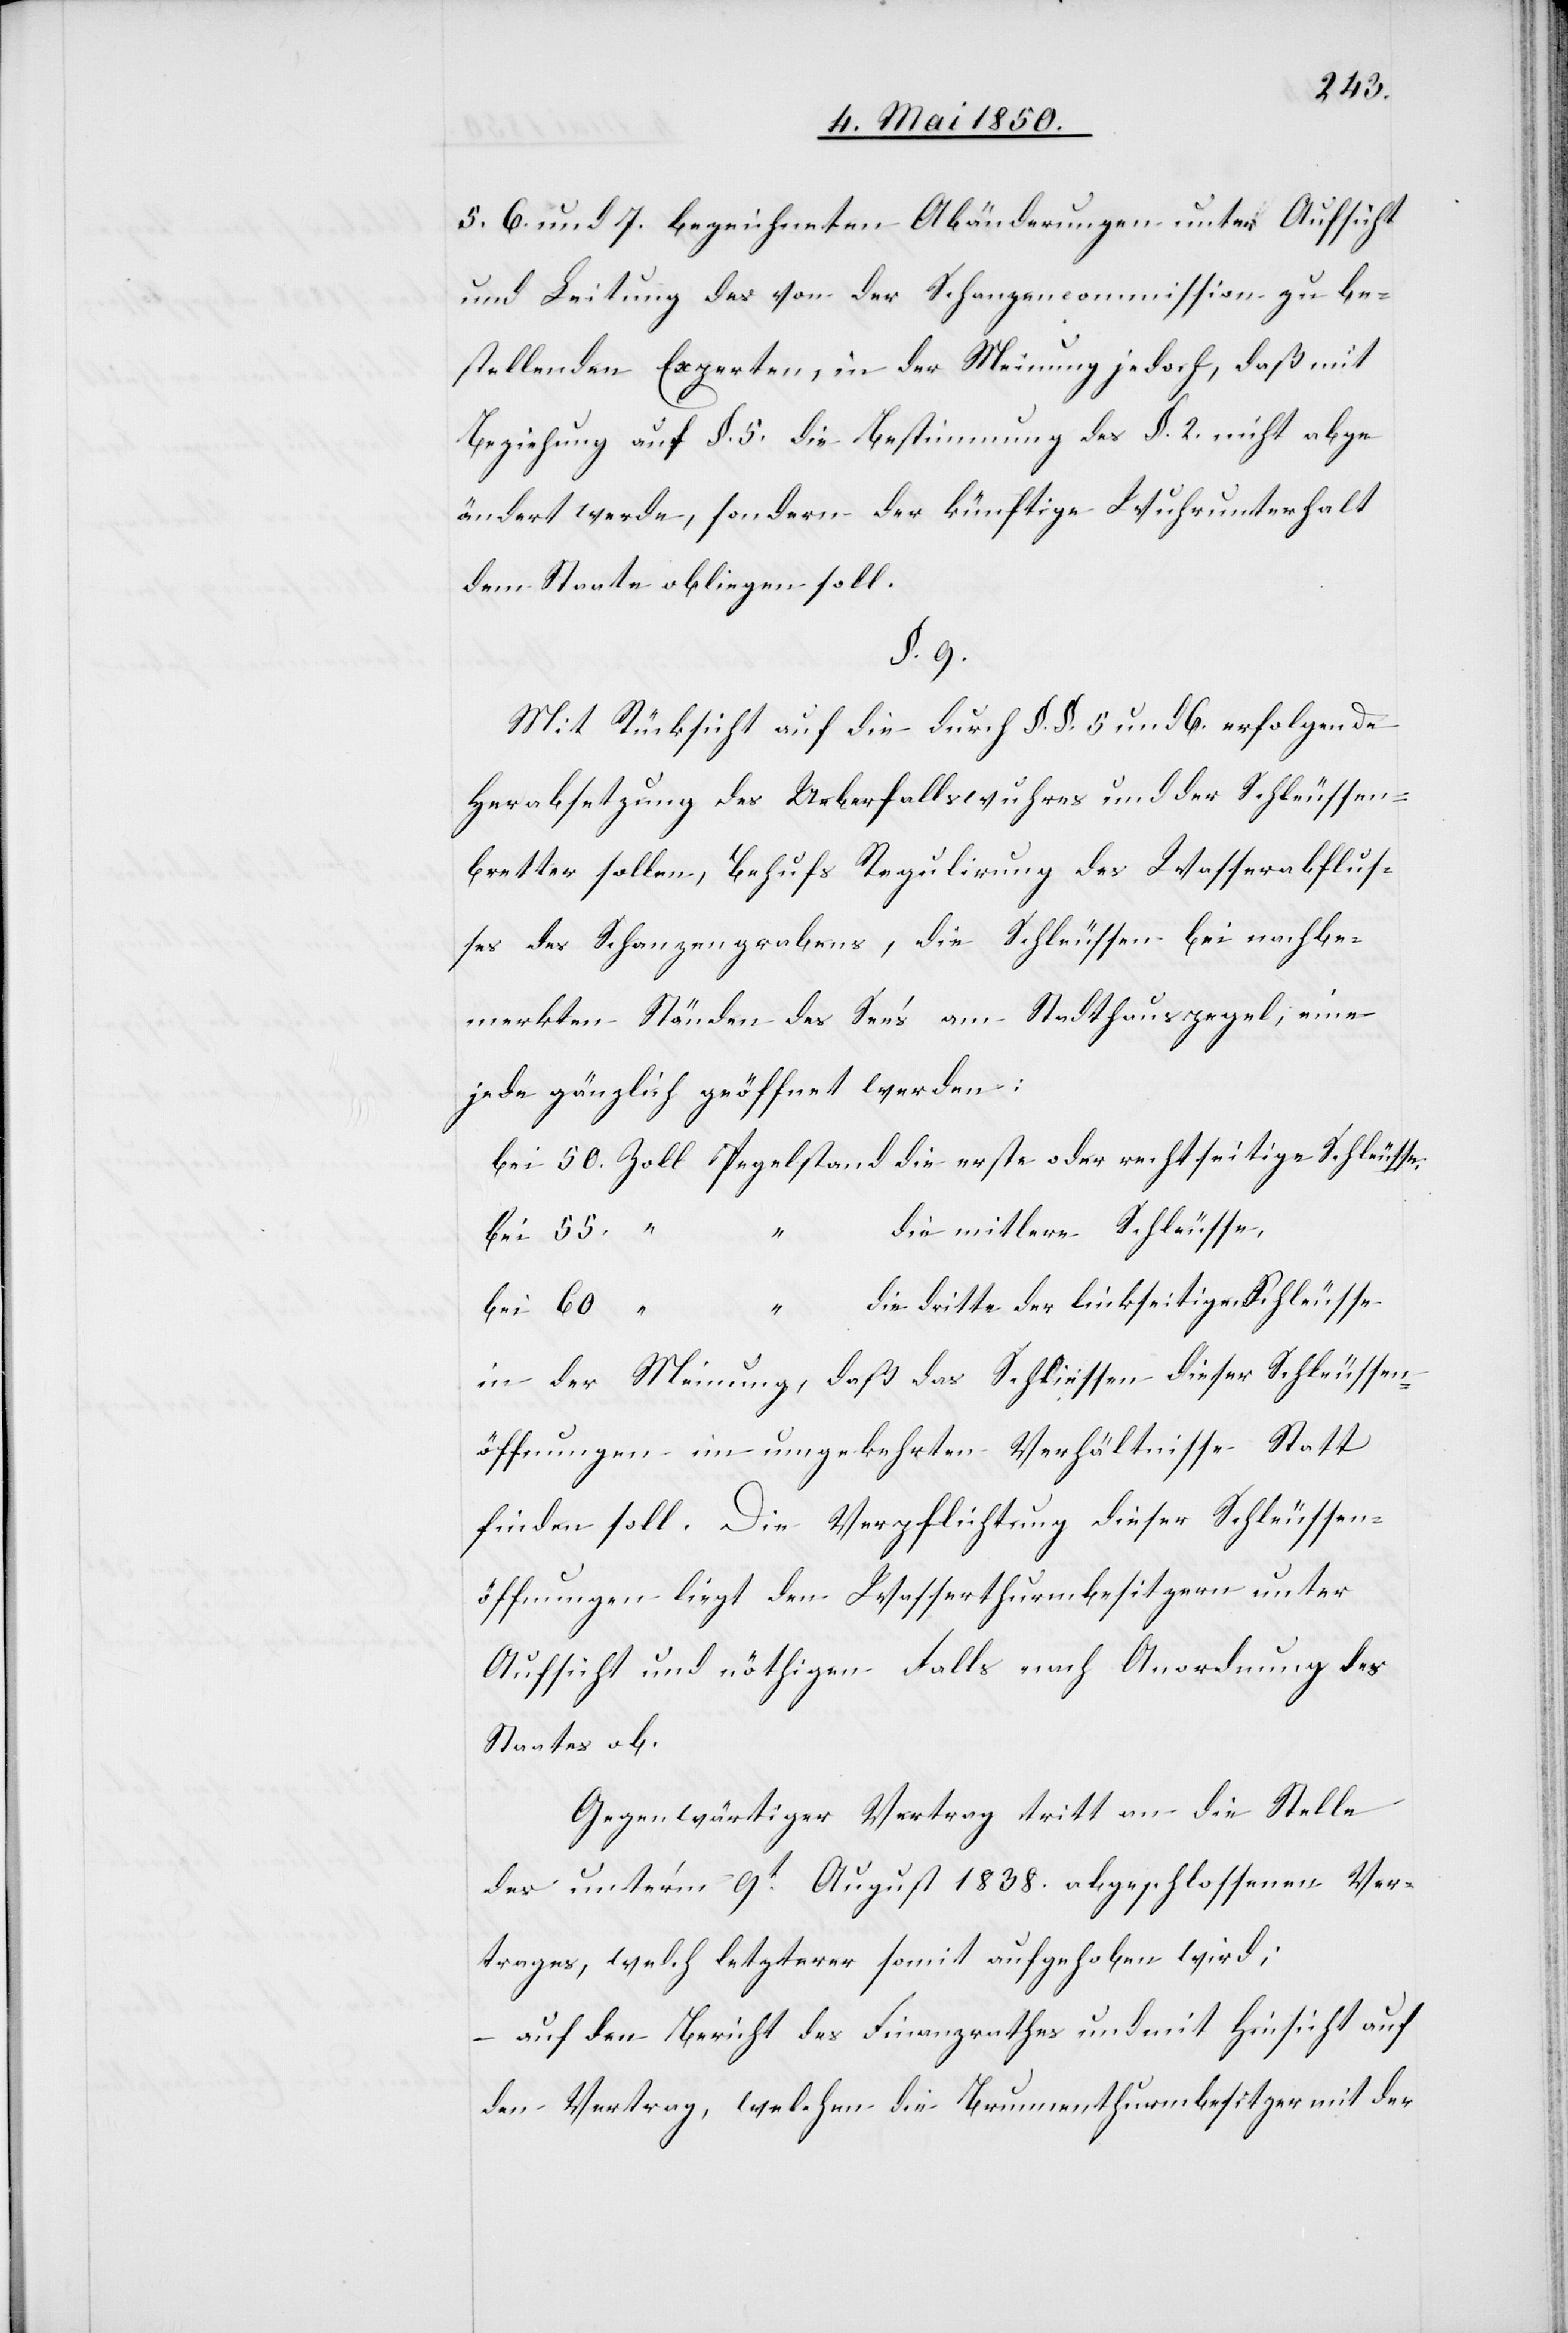
6. und 7. bezeichneten Abänderungen unter Aufsicht
und Leitung des von der Schanzencommission zu be¬
stellenden Experten in der Meinung jedoch, daß mit
Beziehung auf §. 5. die Bestimmung des §. 2. nicht abge¬
ändert werde, sondern der künftige Wuhrunterhalt
dem Staate obliegen soll.
§. 9.
Mit Rücksicht auf die durch §. §. 5 und 6. erfolgende
Herabsetzung des Ueberfallswuhres und der Schleussen¬
bretter sollen, Behufs Regulirung des Wasserabflus¬
ses des Schanzengrabens, die Schleussen bei nachbe¬
merkten Ständen des See‘s am Stadthauspegel, eine
jede gänzlich geöffnet werden:
bei 50. Zoll Pegelstand die erste oder rechtseitige Schleusse,
die mittlere Schleusse,
bei 55. “
“
die dritte der linkseitigen Schleusse
bei 60
“ “
in der Meinung, daß das Schliessen dieser Schleussen¬
öffnungen im umgekehrten Verhältnisse Statt
finden soll. Die Verpflichtung dieser Schleussen¬
öffnungen liegt den Wasserthurmbesitzern unter
Aufsicht und nöthigen Falls nach Anordnung des
Staates ob.
Gegenwärtiger Vertrag tritt an die Stelle
des unterm 9t August 1838. abgeschlossenenVer¬
trages, welch letzterer somit aufgehoben wird;
auf den Bericht des Finanzrathes und mit Hinsicht auf
den Vertrag, welchen die Brunnenthurmbesitzer mit der